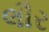
લૌર